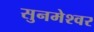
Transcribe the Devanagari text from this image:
सुनमेश्वर